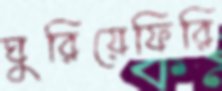
ঘুরিয়েফিরি